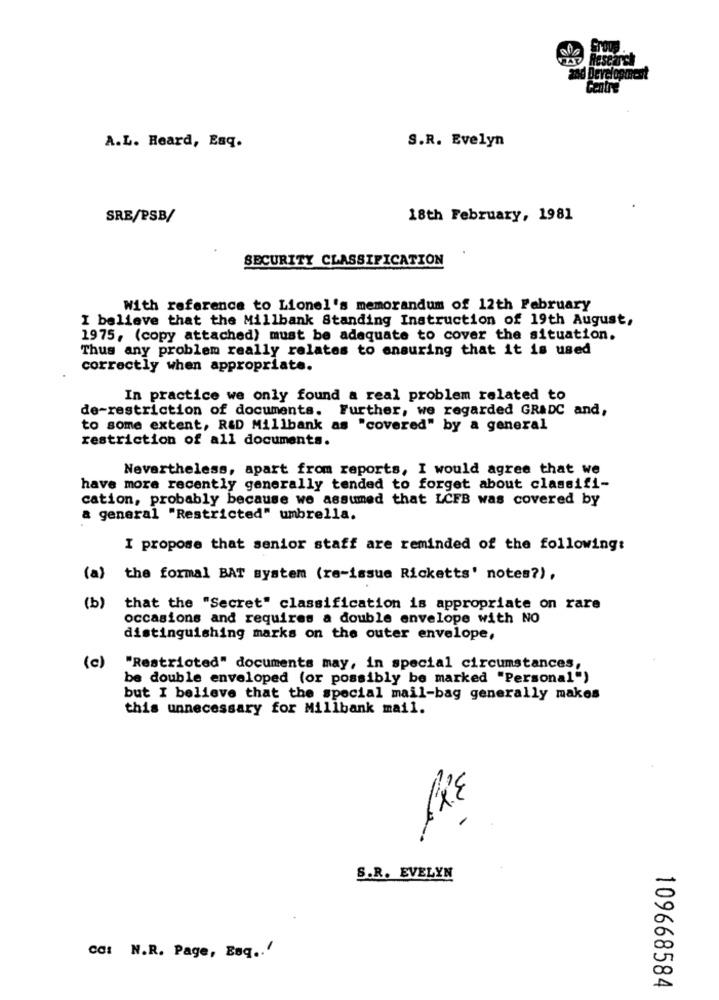
d Development
S.R. Evelyn
A.L. Heard, Esq.
SRE/PSB/
18th February, 1981
SECURITY CLASSIFICATION
With reference to Lionel's memorandum of 12th February
I believe that the Millbank Standing Instruction of 19th August,
1975, (copy attached) must be adequate to cover the situation.
Thus any problem really relates to ensuring that it is used
correctly when appropriate.
In practice we only found a real problem related to
de-restriction of documents. Further, we regarded GRADC and,
to some extent, R&D Millbank as "covered" by a general
restriction of all documents.
Nevertheless, apart from reports, I would agree that we
have more recently generally tended to forget about classifi-
cation, probably because we assumed that LCFB was covered by
a general "Restricted" umbrella.
I propose that senior staff are reminded of the following:
(a)
the formal BAT system (re-issue Ricketts' notes?) .
(b)
that the "Secret" classification is appropriate on rare
occasions and requires a double envelope with NO
distinguishing marks on the outer envelope,
(c)
"Restricted" documents may, in special circumstances,
be double enveloped (or possibly be marked "Personal")
but I believe that the special mail-bag generally makes
this unnecessary for Millbank mail.
12
S.R. EVELYN
cc: N.R. Page, Esq .. "
109668584